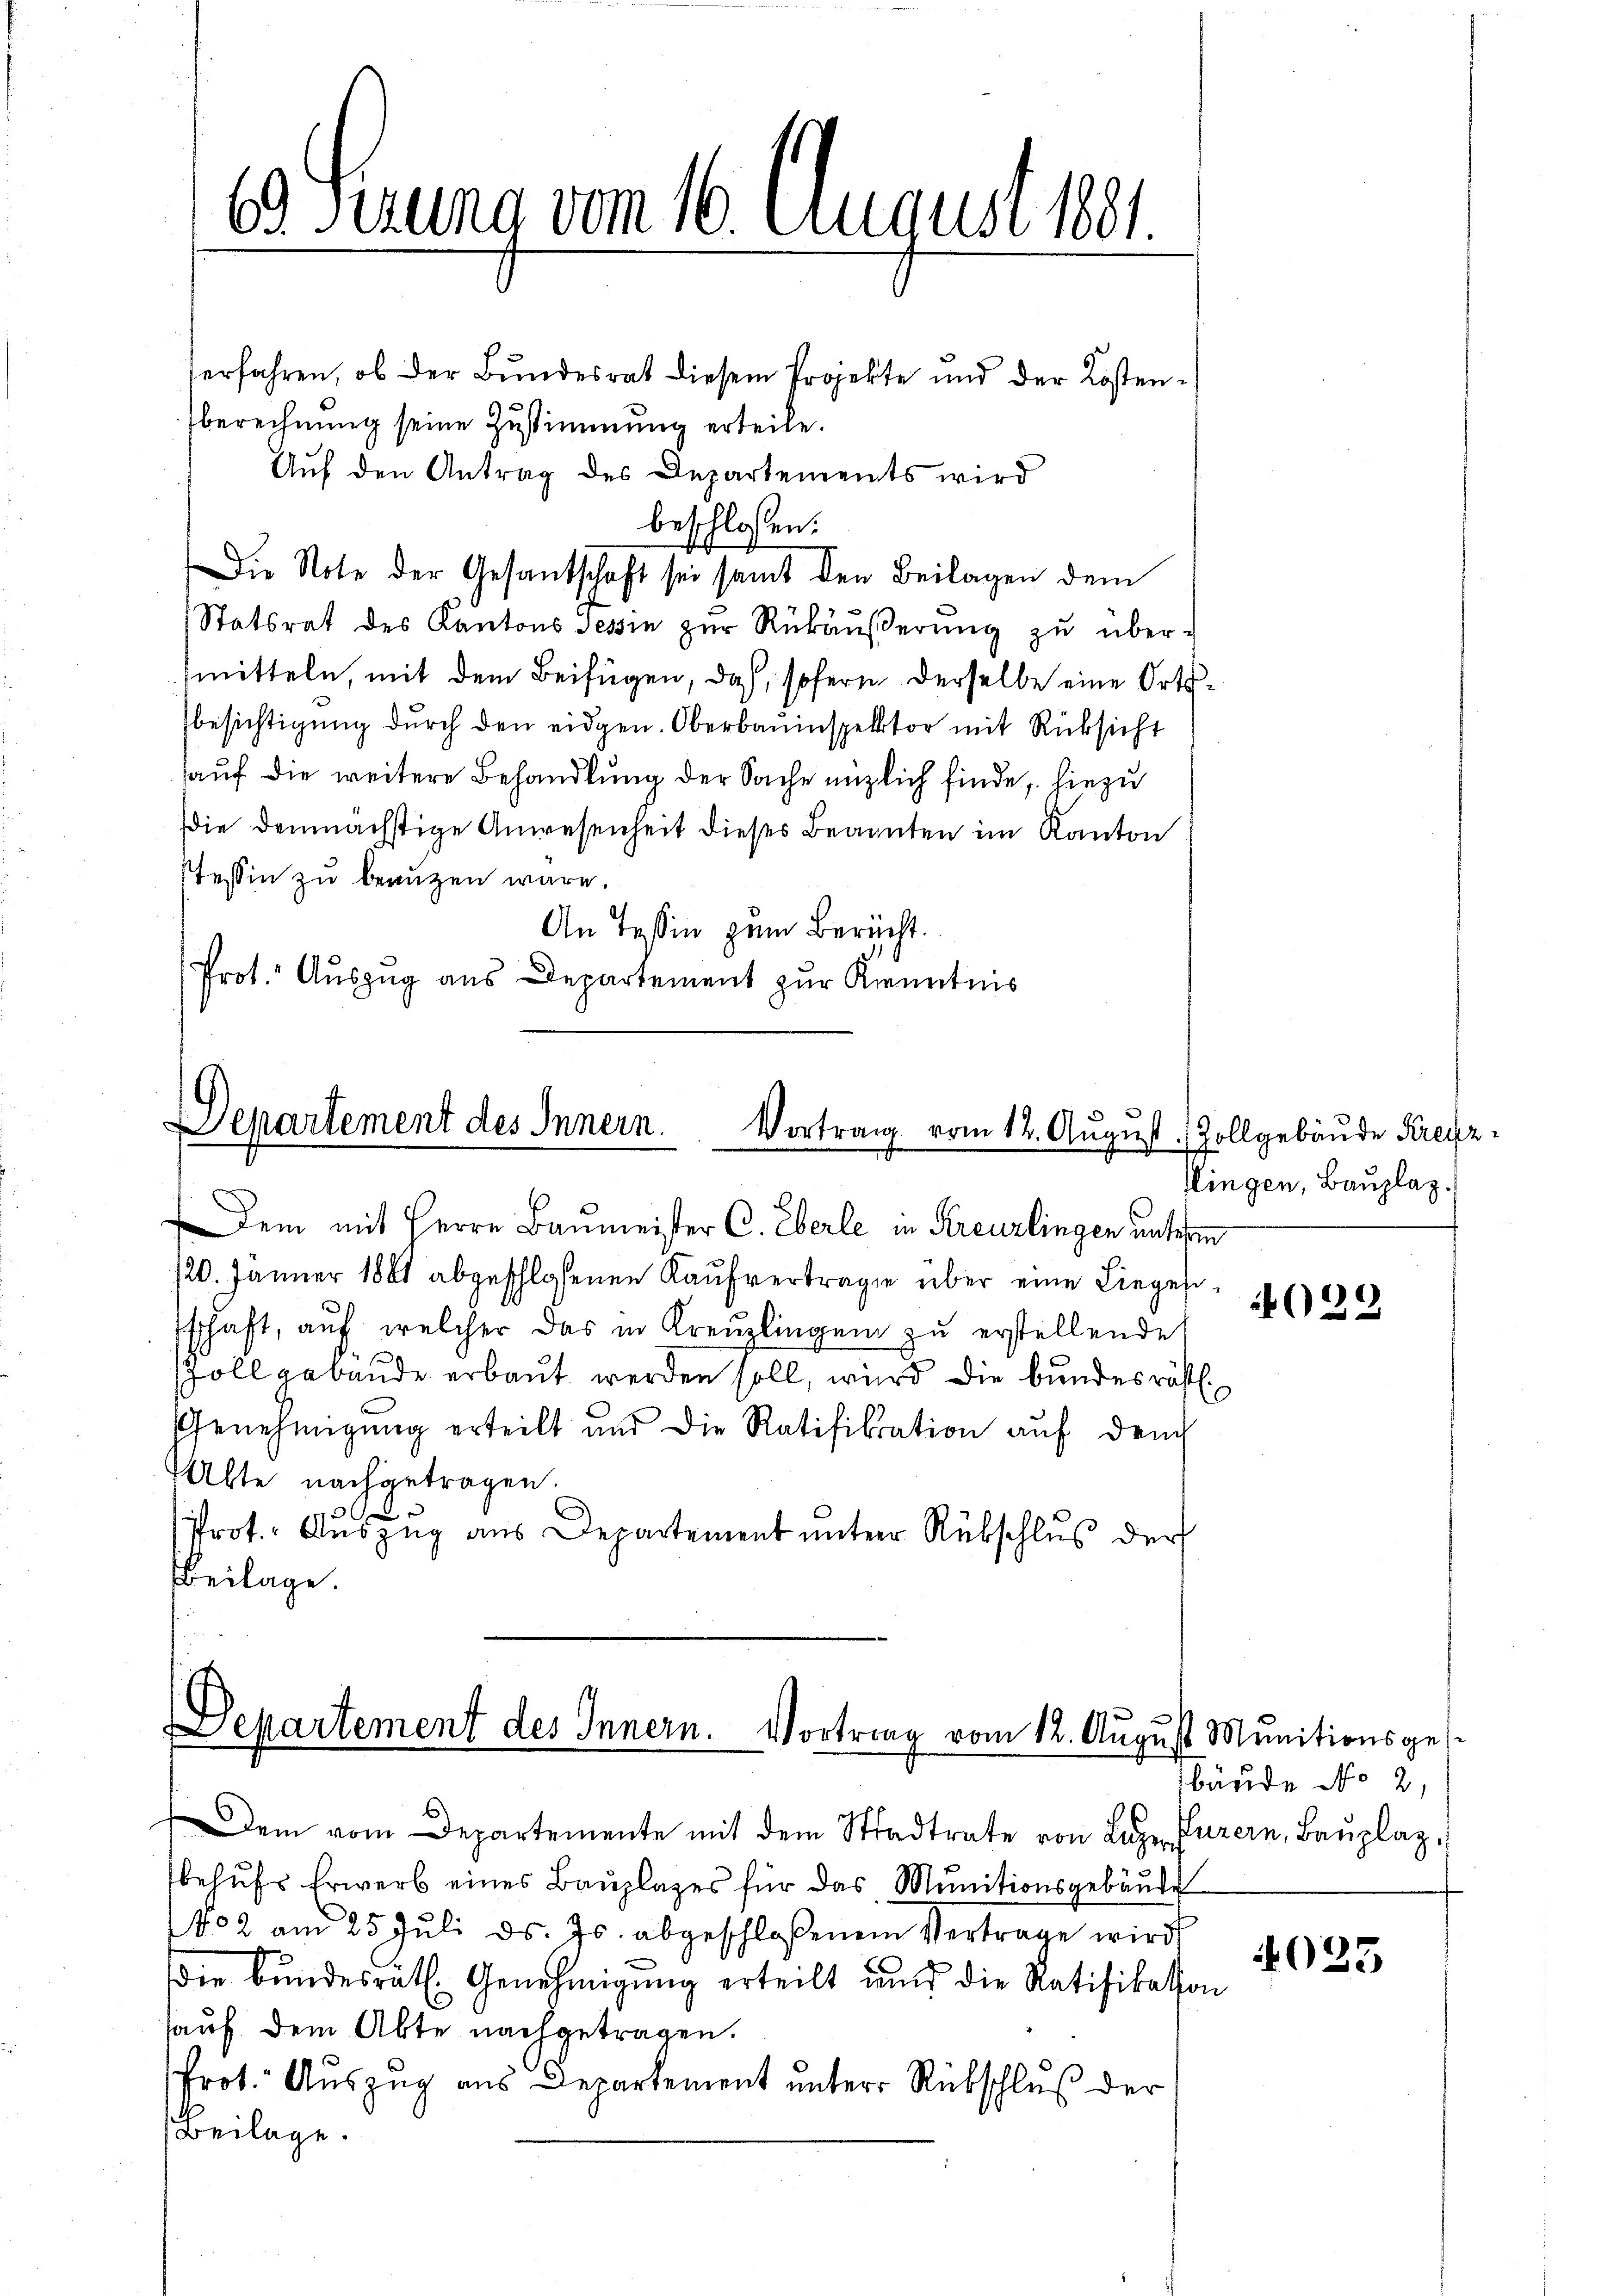
ea herung vom 16. August 1891

serfahren, ob der Bundesrat diesem Projekte und der Kostenberechnung seine Zustimmung erteile.
Auf den Antrag des Departements wird
beschlossen:
Statsrat des Kantons Tessin zŭr Rükäŭβerŭng zŭ über-
mitteln, mit dem Beifügen, daß, sofern derselbe eine Ortsbesichtigung durch den eidgen. Oberbauinspektor mit Rüksicht
auf die weitere Behandlung der Sache enzlich finde, hiezu
die demnächstige Anwesenheit dieses Beanten im Kanton
Tessin zu beaugen wäre.
An Tessin zum Bericht.
Prot. Auszug aus Departement zur Kenntnis

Die Note der Gesantschaft sei samt den Beilagen dem

Departement des Innern.
Vortrag vom 12. August. Zollgebäude Kreuz
Dem mit Herrn Baumeister C. Eberle in Kreuzlingen unterm

Departement des Innern. Vortrag vom 12. August Munitionsge¬

Kingen, Bauplaz.
s

/20. Jänner 1861 abgeschloßenen Kaŭfvertragen über eine Liegensschaft, auf welcher das in Kreuzlingen zu erstellende
Zoll gebäude erbaut werden soll, wird die bundesrätl.
Genehmigung erteilt und die Ratifikation auf den
Alte nachgetragen.
Prot. Aŭszŭg aŭs Departement ŭntere Rübschlŭβ der
Beilage.

Dem vom Departemente mit dem Stadtrate von Luzer Puzern, Baŭplaz.
behufs Erwerb eines Bauplages für das Munitionsgebäude
No 2 am 25. Jŭli d. Js. abgeschloßenem Vertrage wird
die bundesrath Genehmigŭng erteilt und die Ratifikation
hauf dem Abte nachgetragen.
Prot. Auszug aus Departement unter Rückschluß der
Beilage.

629

bäude No 2.

4023